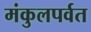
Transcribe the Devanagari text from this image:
मंकुलपर्वत